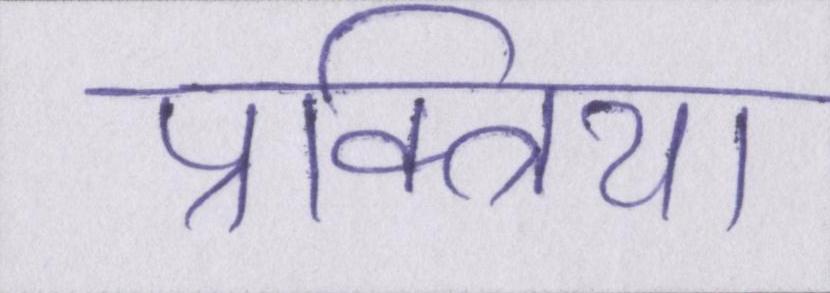
प्रक्त्रिया